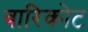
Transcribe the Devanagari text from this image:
बारिकोट